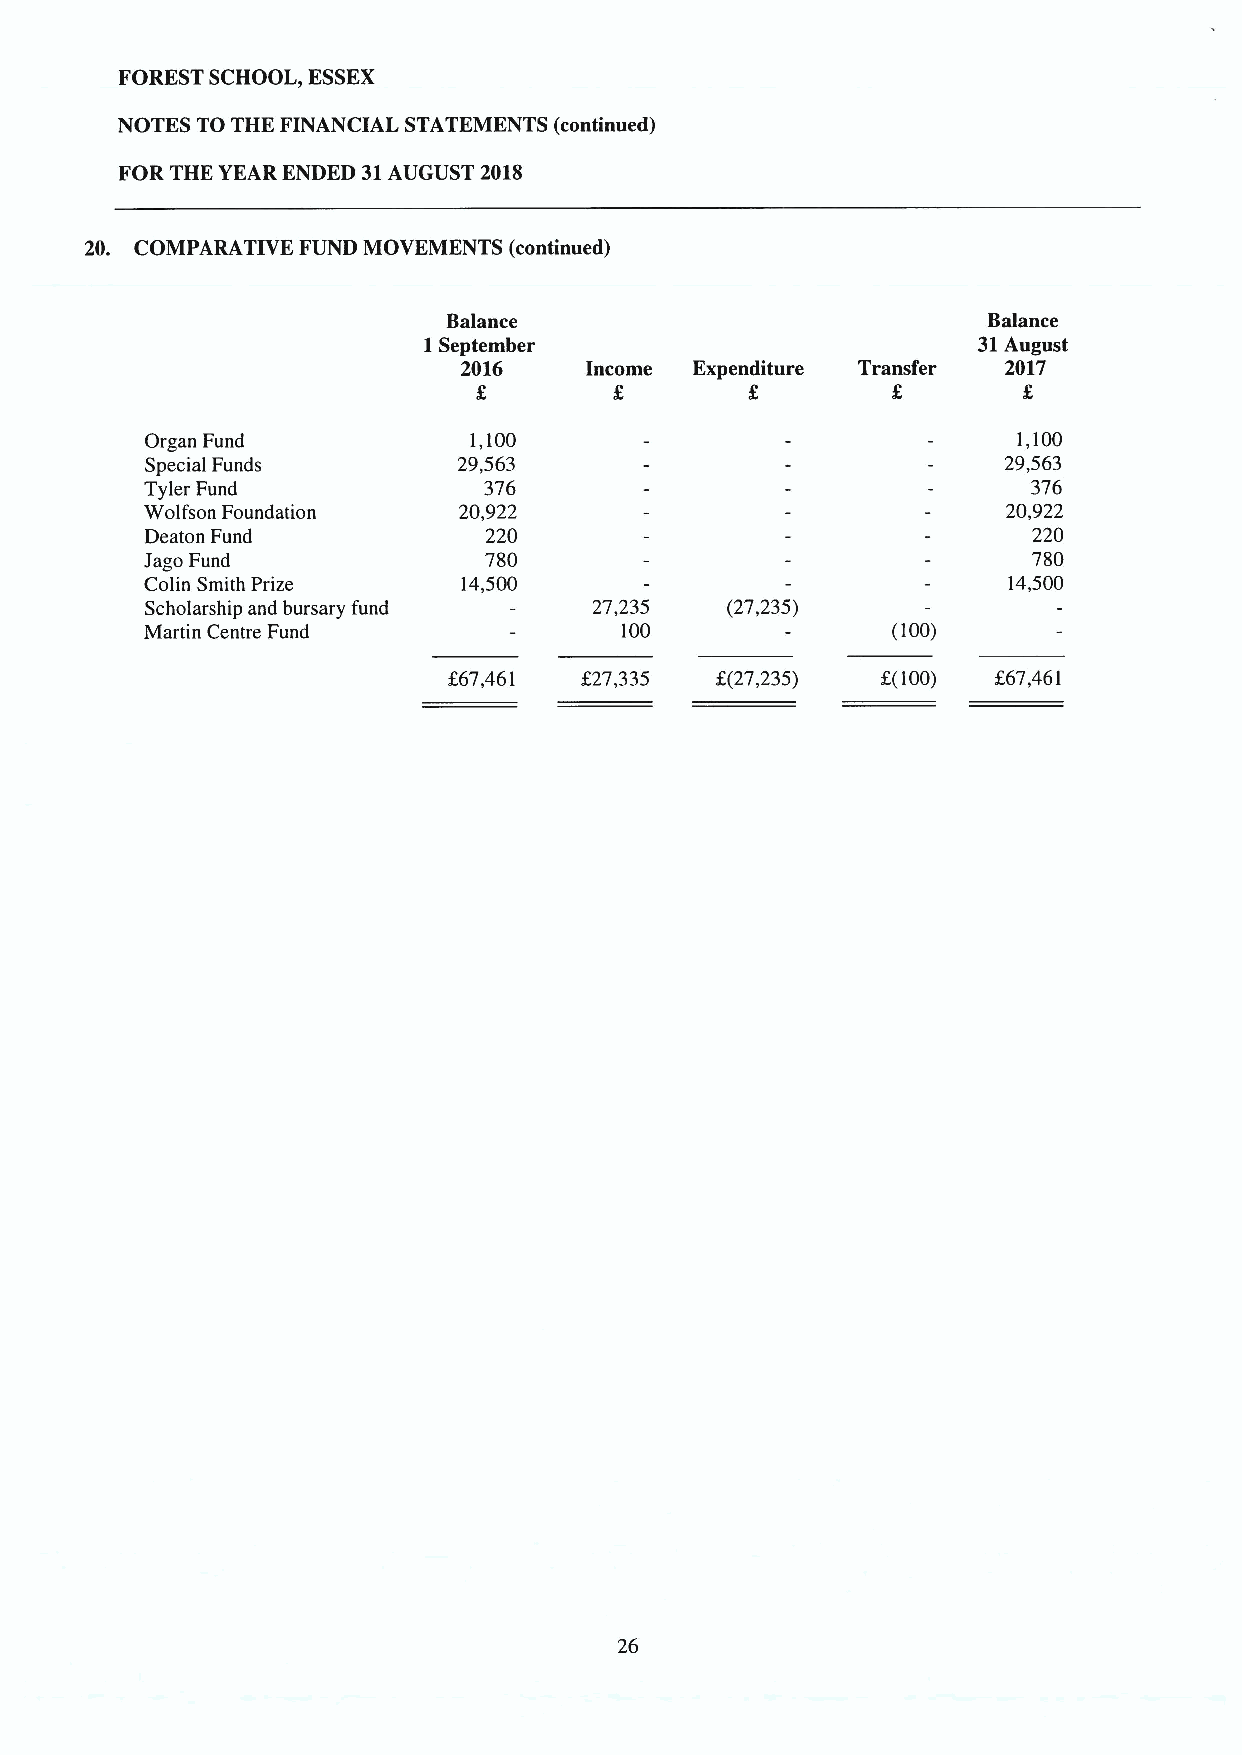
FORESTSCHOOL, ESSEX
 NOTES TO THE FINANCIAL STATEMENTS (continued)
 FOR THE YEAR ENDED 31AUGUST 2018
 20. COMPARATIVE FUND MOVEMENTS (continued)
 Balance                            Balance
 1September                           31August
 2016     Income Expenditure Transfer 2017
 Organ Fund           1,100                               1,100
 Special Funds       29,563                               29,563
 Tyler Fund            376                                 376
 Wolfson Foundation  20,922                               20,922
 Deaton Fund           220                                 220
 Jago Fund             780                                 780
 Colin Smith Prize    14,500                              14,500
 Scholarship and bursary fund 27,235   (27,235)
 Martin Centre Fund             100               (100)
 267,461 f27,335  Z(27,235)  K(100)  267,461